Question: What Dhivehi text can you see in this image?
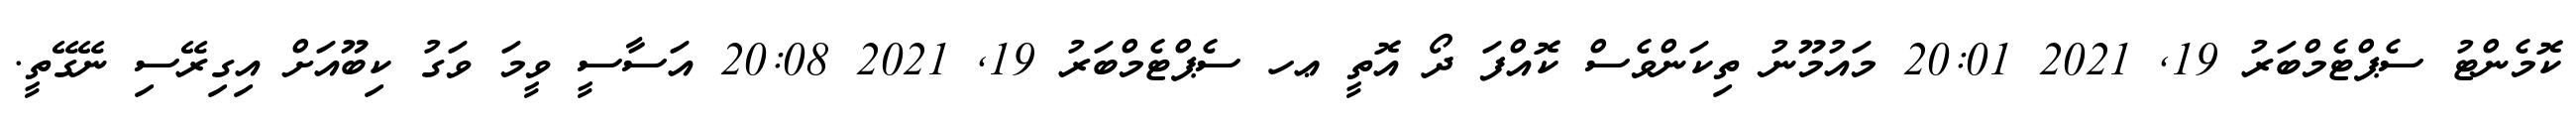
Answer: ކޮމެންޓު ސެޕްޓެމްބަރު 19, 2021 20:01 މައުމޫނު ތިކަންވެސް ކޮއްފަ ދޯ އޮތީ ޢހ ސެޕްޓެމްބަރު 19, 2021 20:08 އަސާސީ ވީމަ ވަގު ކިބޫއަށް އިގިރޭސި ނޭގޭތީ.